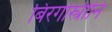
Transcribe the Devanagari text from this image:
बिरगोस्त्रीनि